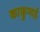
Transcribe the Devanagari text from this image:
काकुभाई